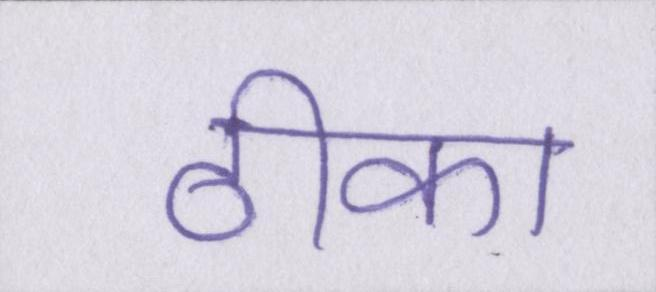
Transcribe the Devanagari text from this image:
ठीका